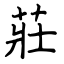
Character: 莊